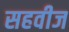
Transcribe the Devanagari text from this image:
सहवीज